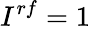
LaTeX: I^{rf}=1